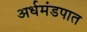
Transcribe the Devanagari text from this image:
अर्धमंडपात